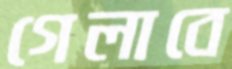
গেলাবে